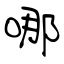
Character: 哪